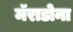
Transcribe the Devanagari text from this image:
मॅराडोना